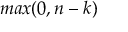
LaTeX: m a x ( 0 , n - k )